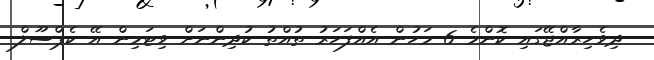
ދިވެހިރާއްޖޭގައި ކޮންމެ 6 މަހުން އެއްފަހަރު ތުއްތު ކުދިންނަށް ވިޓަމިން އޭ ކެޕްސޫލް